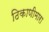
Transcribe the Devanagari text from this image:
ठिकाणीमारा